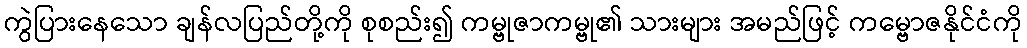
ကွဲပြားနေသော ချန်လပြည်တို့ကို စုစည်း၍ ကမ္ဗုဇာကမ္ဗု၏ သားများ အမည်ဖြင့် ကမ္ဗောဇနိုင်ငံကို